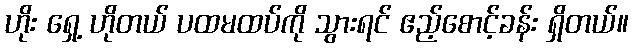
ဟိုး ရှေ့ ဟိုတယ် ပထမထပ်ကို သွားရင် ဧည့်စောင့်ခန်း ရှိတယ်။